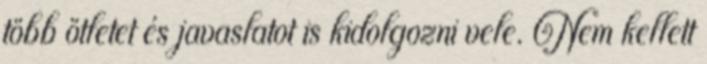
több ötletet és javaslatot is kidolgozni vele. Nem kellett